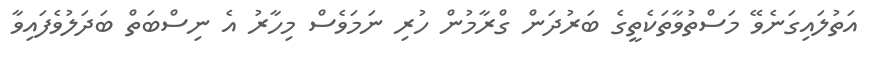
އަތުލައިގަނެވޭ މަސްތުވާތަކެތީގެ ބަރުދަން ގްރާމުން ހުރި ނަމަވެސް މިހާރު އެ ނިސްބަތް ބަދަލުވެފައިވާ